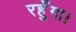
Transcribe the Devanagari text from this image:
रहुँगा।